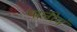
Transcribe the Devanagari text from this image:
पानीयं